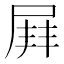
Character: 𡲓